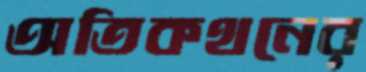
অতিকথনের